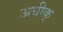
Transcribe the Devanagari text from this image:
अधीक्